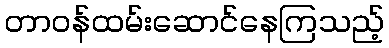
တာဝန်ထမ်းဆောင်နေကြသည့်